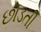
છોડતી